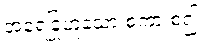
အရေခြုံဟူသော စကားစ၍